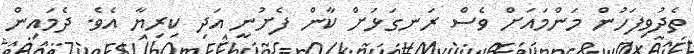
ތެދުވިފަހުން މަންމައަށް ވެސް ރަނގަޅަށް ކާން ފެށުނީ އަދި ކިރިޔާ އެވެ. ދެމައިން